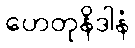
ဟေတုနိဒါနံ